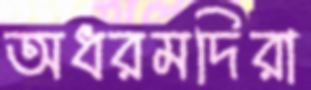
অধরমদিরা